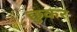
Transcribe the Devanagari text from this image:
छुकर